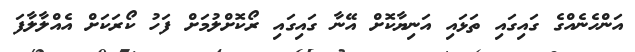
އަންހެނެއްގެ ގައިގައި ތަޅައި އަނިޔާކޮށް އޭނާ ގައިގައި ރޯކޮށްލުމަށް ފަހު ކޯރަކަށް އެއްލާލާފަ